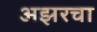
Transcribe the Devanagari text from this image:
अझरचा